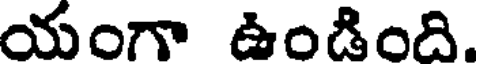
యంగా ఉండింది.